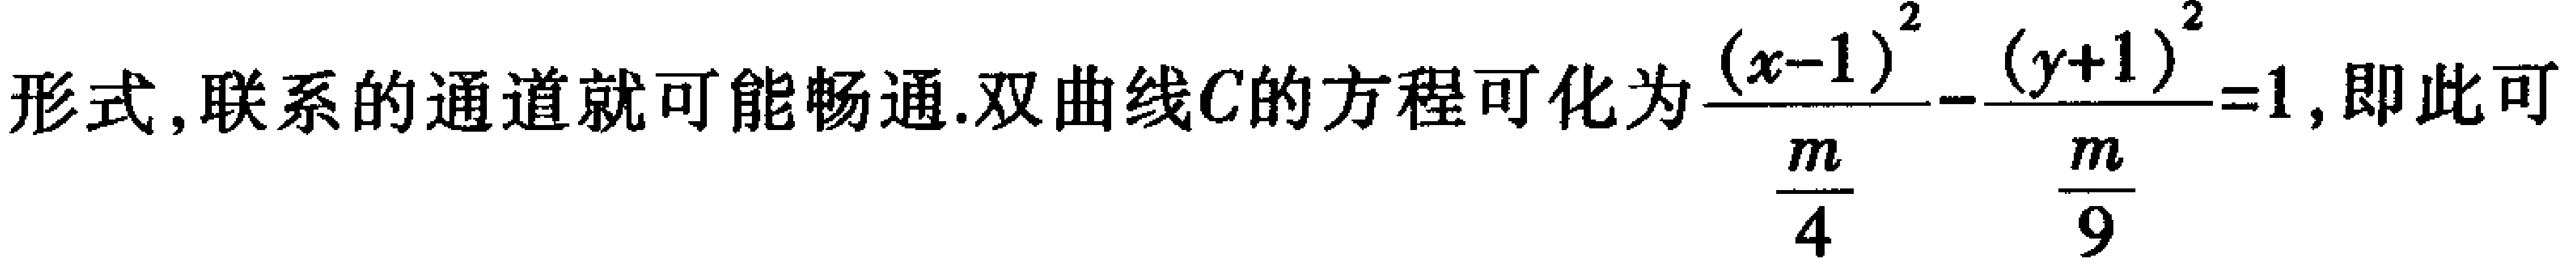
形式, 联系的通道就可能畅通. 双曲线\(C\)的方程可化为\(\frac{(x - 1)^2}{\frac{m}{4}}-\frac{(y + 1)^2}{\frac{m}{9}} = 1\), 即此可